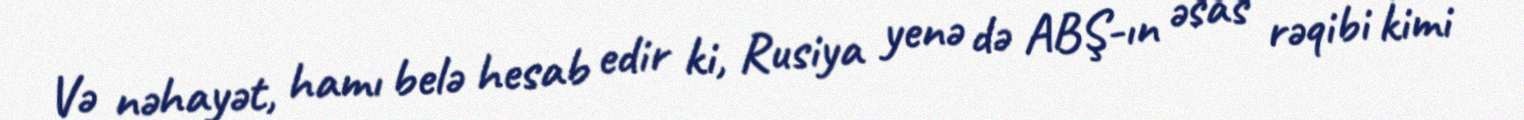
Və nəhayət, hamı belə hesab edir ki, Rusiya yenə də ABŞ-ın əsas rəqibi kimi